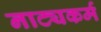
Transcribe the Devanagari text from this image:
नाट्यकर्म